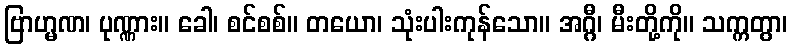
ဗြာဟ္မဏ၊ ပုဏ္ဏား။ ခေါ၊ စင်စစ်။ တယော၊ သုံးပါးကုန်သော။ အဂ္ဂီ၊ မီးတို့ကို။ သက္ကတွာ၊